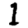
Digit: 1